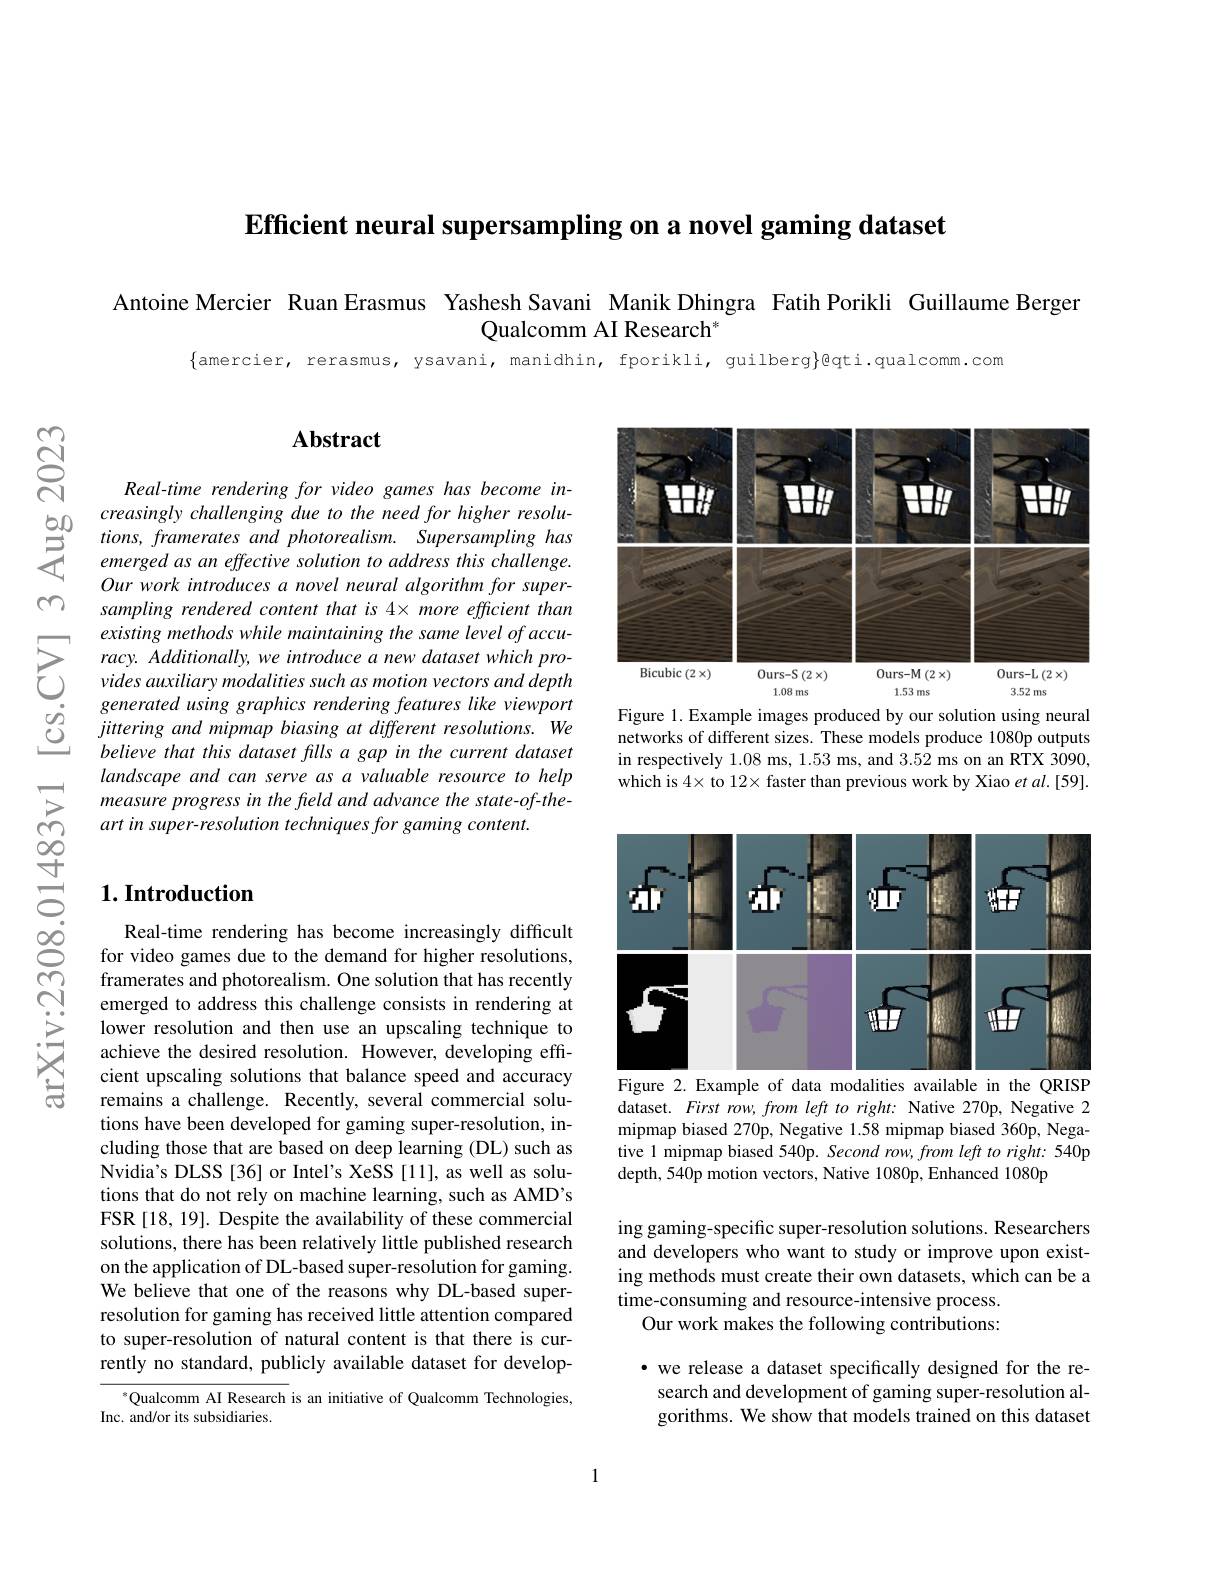
Efficient neural supersampling on a novel gaming dataset

Antoine Mercier Ruan Erasmus Yashesh Savani Manik Dhingra Fatih Porikli Guillaume Berger
Qualcomm AI Research$^{*}$

$\{$amercier, rerasmus, ysavani, manidhin, fporikli, guilberg}@qti.qualcomm.com

$ଝୁ$

m

### $\mathbf{Abstract}$

Real-time rendering for video games has become in-
creasingly challenging due to the neeed for higher resolu- 字 tions, framerates and photorealism. Supersampling has emerged as an effective solution to address this challenge.
Our work introduces a novel neural algorithm for supersampling rendered content that is 4\times more efficient than
$\sum_{\begin{array}{ccc}&\text{existing methods while maintaining the same level of accu- }\\&\text{racy. Additionally, we introduce a new dataset which pro-}\\&\text{vides auxiliary modalities such as motion vectors and depth}\\&\text{conoratd uinin arandorina fikon inan tinan tinan tin }\\\end{array}}$ $\textcircled{2}\underline{generated\:using\:graphics\:rendering\:features\:like\:viewport\\g jittering\:and\:mipmap\:biasing\:at\:different\:resolutions.\:We\\believe\:that\:this\:dataset\:fills\:a\:sap\:in\:the\:current\:dataset}$
believe that this dataset fills a gap in the current dataset landscape and can serve as a valuable resource to help measure progress in the freld and advance the state-of-theart in super- resolution techniques for gaming content.

## $1. \textbf{Introduction}$

Real-time rendering has become increasingly difficult for video games due to the demand for higher resolutions, framerates and photorealism. One solution that has recently emerged to address this challenge consists in rendering at lower resolution and then use an upscaling technique to achieve the desired resolution. However, developing effcient upscaling solutions that balance speed and accuracy remains a challenge. Recently, several commercial solutions have been developed for gaming super-resolution, including those that are based on deep learning (DL) such as Nvidia's DLSS[36] or Intel's XeSS[11], as well as solutions that do not rely on machine learning, such as AMD's FSR [18,19]. Despite the availability of these commercial solutions, there has been relatively little published research on the application of DL-based super-resolution for gaming. We believe that one of the reasons why DL-based superresolution for gaming has received little attention compared to super-resolution of natural content is that there is currently no standard, publicly available dataset for develop-

Qualcomm AI Research is an initiative of Qualcomm Technologies,
Inc. and/or its subsidiaries.

<FigureHere>
Figure 1. Example images produced by our solution using neural

networks of different sizes. These models produce 1080p outputs in respectively 1.08 ms, 1.53 ms, and 3.52 ms on an RTX 3090, which is $4\times$ to 12× faster than previous work by Xiao et al.[59].

<FigureHere>
Figure 2. Example of data modalities available in the QRISP

dataset. First row, from left to right: Native 270p, Negative 2 mipmap biased 270p, Negative 1.58 mipmap biased 360p, Negative 1 mipmap biased 540p. Second row, from left to right: 540p depth, 540p motion vectors, Native 1080p, Enhanced 1080p

ing gaming-specific super-resolution solutions. Researchers and developers who want to study or improve upon existing methods must create their own datasets, which can be a time-consuming and resource-intensive process.
Our work makes the following contributions:

· we release a dataset specifically designed for the research and development of gaming super-resolution algorithms. We show that models trained on this dataset

1